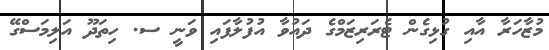
މުޒާހަރާ އާއި ގުޅިގެން ޓެރަރިޒަމްގެ ދައުވާ އުފުލާފައި ވަނީ ސ. ހިތަދޫ އަލިމަސްގޭ